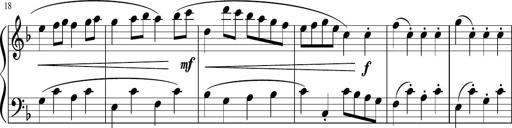
Title: 12 Keyboard Sonatinas
Composer: James Hook